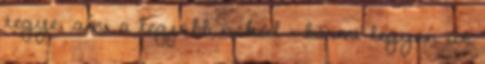
tegye, ami a legjobb neked – bármi legyen az